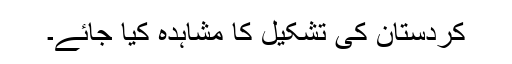
کردستان کی تشکیل کا مشاہدہ کیا جائے۔